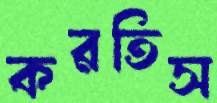
করতিস